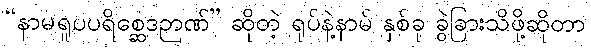
“နာမရူပပရိစ္ဆေဒဉာဏ်” ဆိုတဲ့ ရုပ်နဲ့နာမ် နှစ်ခု ခွဲခြားသိဖို့ဆိုတာ